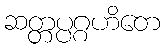
ဆတ္တပ္ပဂ္ဂဟိတေ